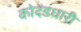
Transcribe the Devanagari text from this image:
कोदंडधारी